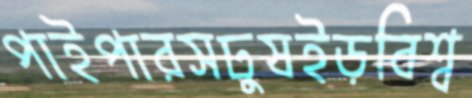
পাইপারসঢুষইড়বিশ্ব